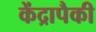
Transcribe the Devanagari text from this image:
केंद्रापैकी